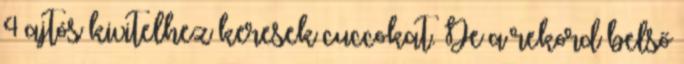
4 ajtós kivitelhez keresek cuccokat. De a rekord belső